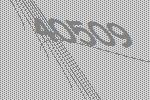
40509